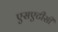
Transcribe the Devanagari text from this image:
एसएटीसी